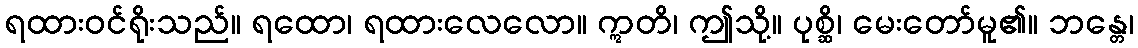
ရထားဝင်ရိုးသည်။ ရထော၊ ရထားလေလော။ ဣတိ၊ ဤသို့။ ပုစ္ဆိ၊ မေးတော်မူ၏။ ဘန္တေ၊